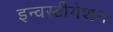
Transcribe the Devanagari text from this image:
इन्वस्टीगेशन